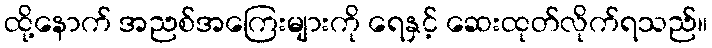
ထို့နောက် အညစ်အကြေးများကို ရေနှင့် ဆေးထုတ်လိုက်ရသည်။